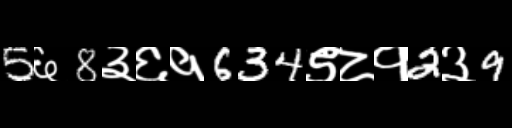
Text: 5६8३६१634९८१2३9